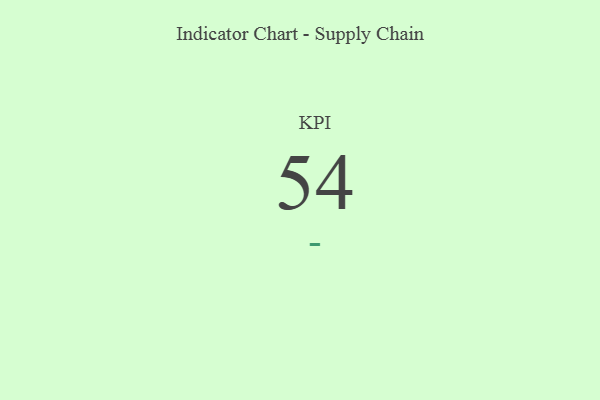
{"axis": {"x": "KPI", "y": "Value"}, "legend": [""], "data": [{"x": "KPI", "y": 54, "type": ""}]}